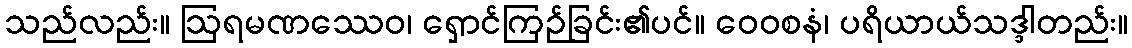
သည်လည်း။ ဩရမဏဿေဝ၊ ရှောင်ကြဉ်ခြင်း၏ပင်။ ဝေဝစနံ၊ ပရိယာယ်သဒ္ဒါတည်း။